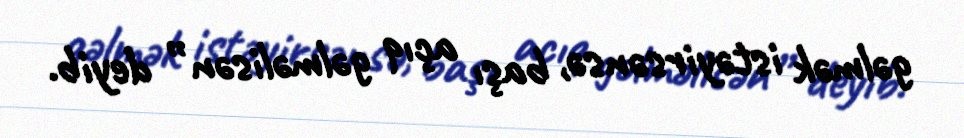
gəlmək istəyirsənsə, başı açıq gəlməlisən” deyib.